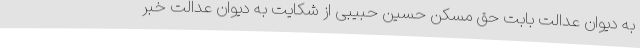
به دیوان عدالت بابت حق مسکن حسین حبیبی از شکایت به دیوان عدالت خبر